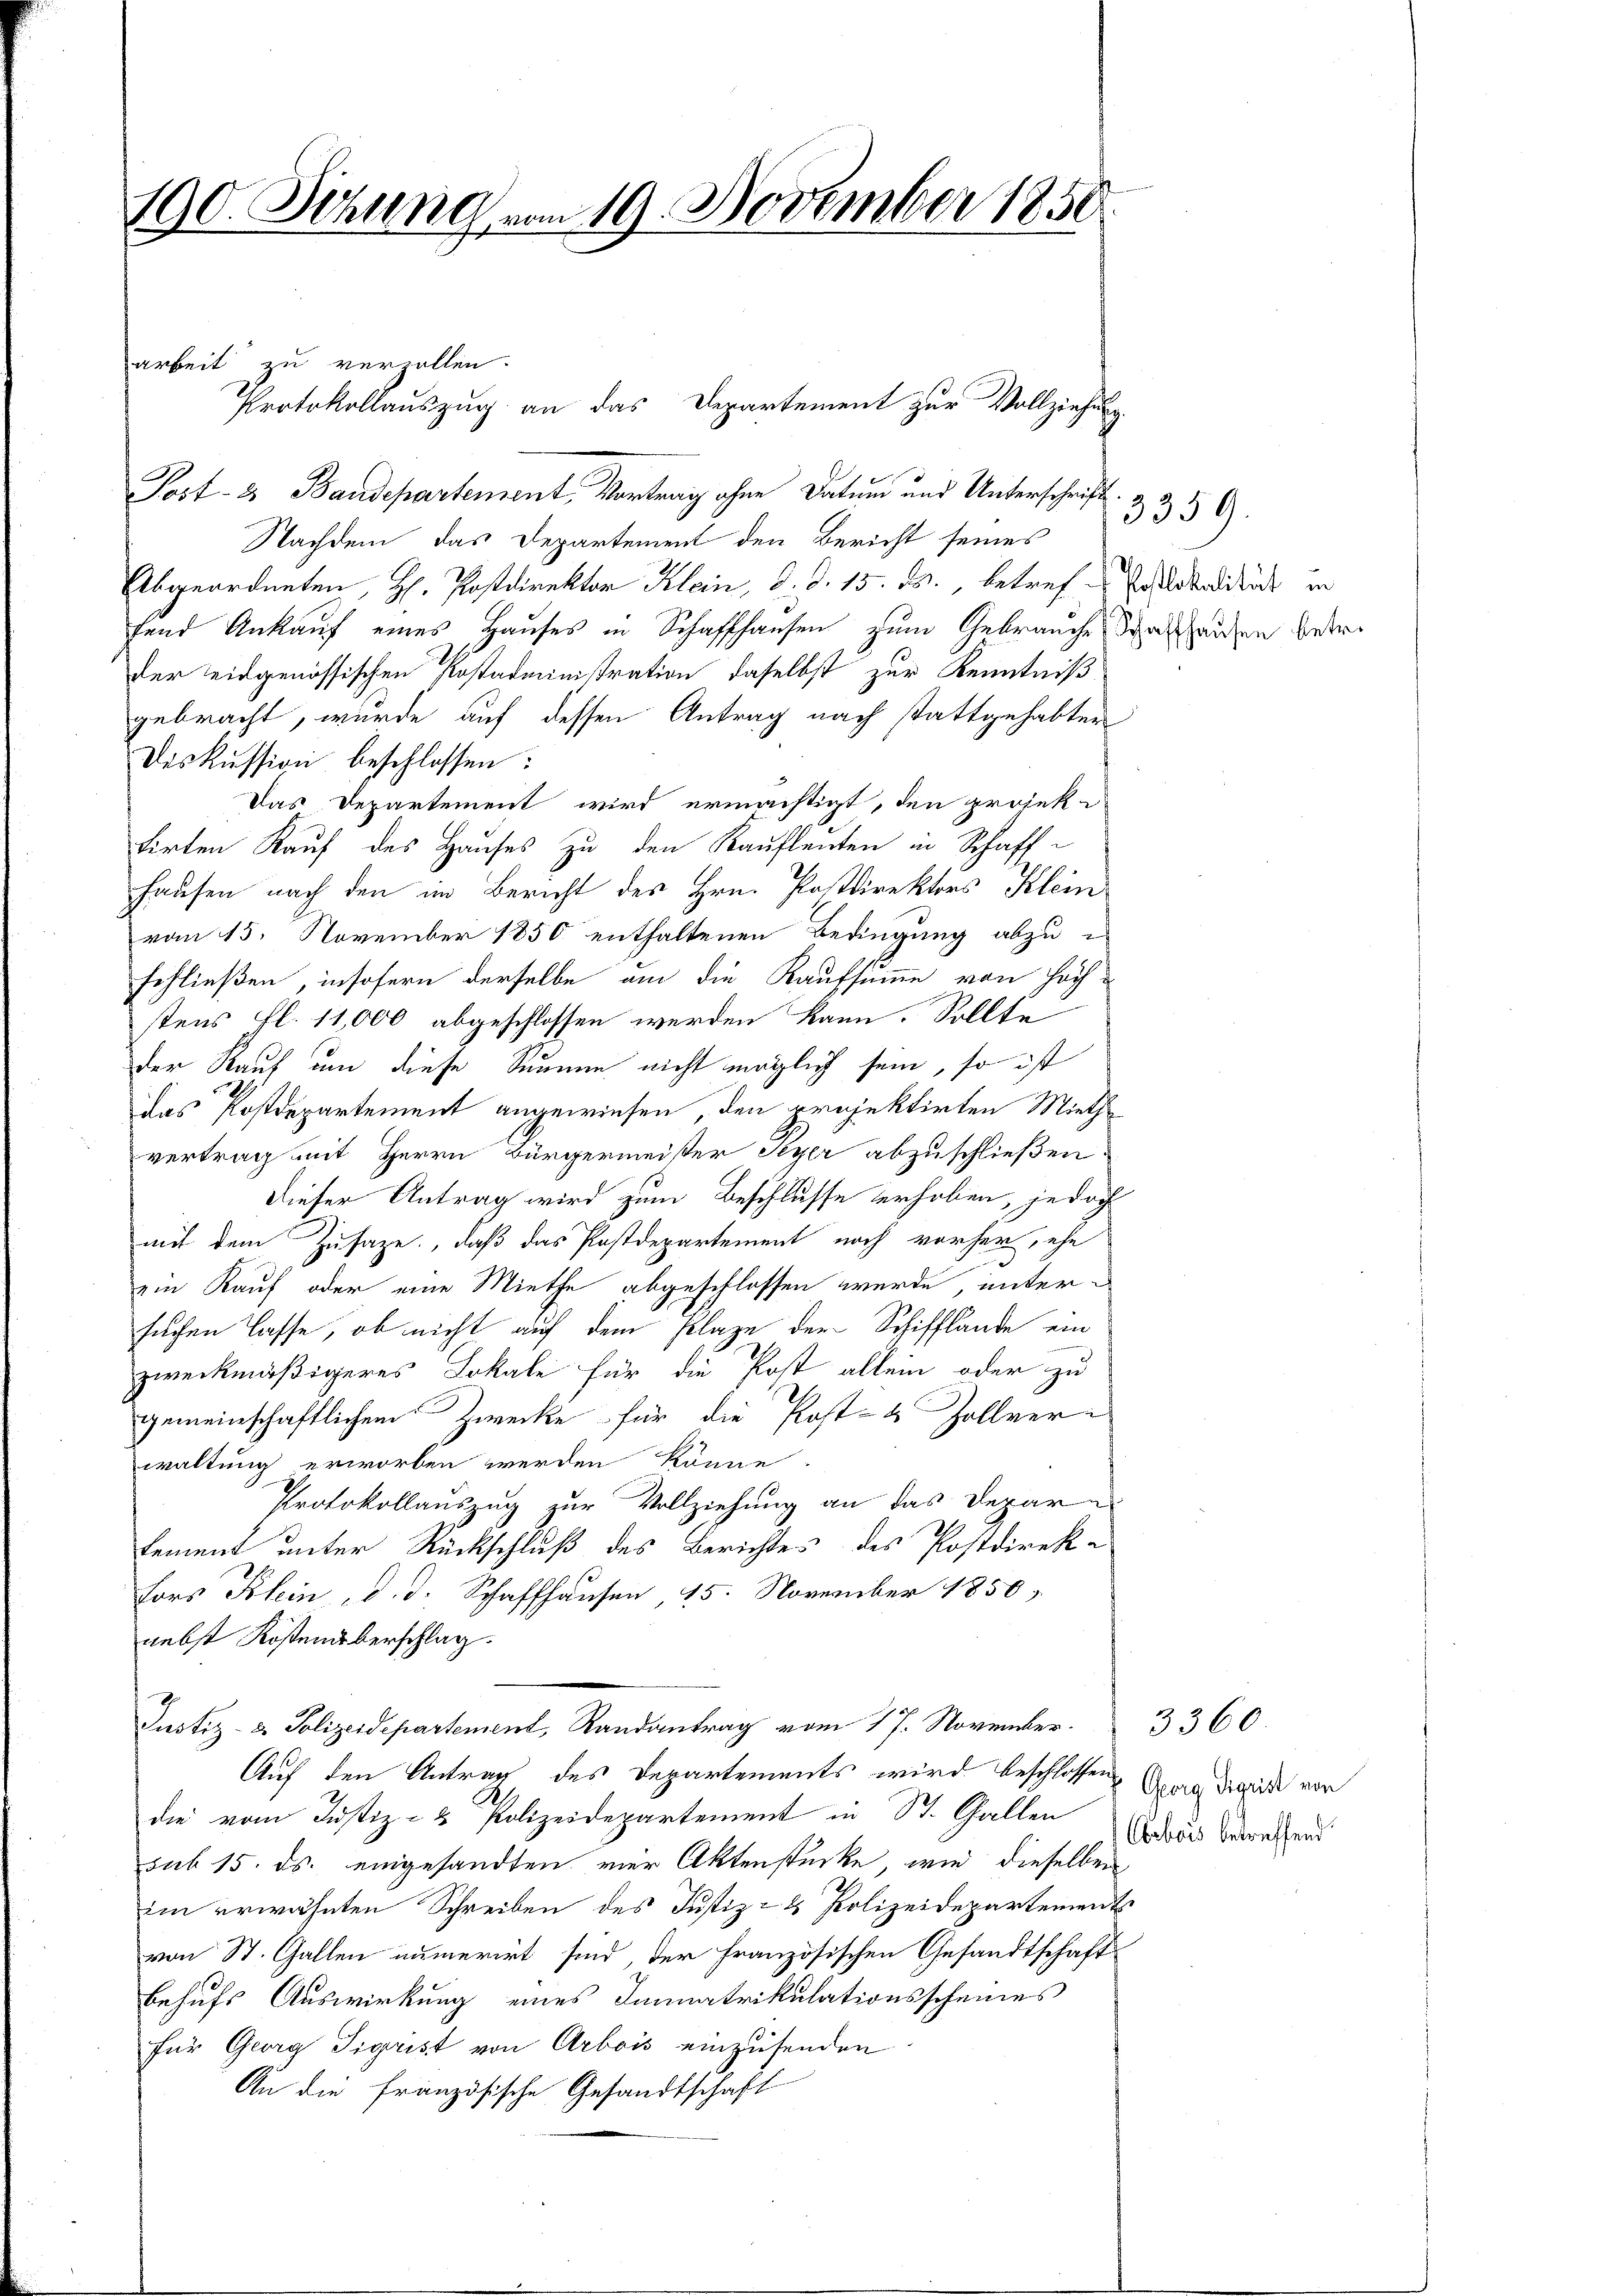
190. Sitzung vom 19. November 1850.

Post- & Baudepartement, Vortrag ohne Datum und Unterschrift
Nachdem das Departement den Bericht seines
Abgeordneten, H. Postdirektor Klein, d. d. 15. ds., betref-Zolldendikus in
fend Ankauf eines Hauses in Schaffhausen zum Gebrauche Schafhausen bederder leidgenössischen Postadministration daselbst zur Kenntniß
gebracht, wurde auf dessen Antrag nach stattgehabter
Diskussion beschlossen:
Das Departement wird ermächtigt, den projek-
tirten Kauf des Hauses zu den Kaufleuten in Schaff¬
Hausen nach den im Bericht des Hrn. Postdirektors Klein
vom 15. November 1850 enthaltenen Bedingung abzu-
schließen, insofern derselbe am die Kaufsumme von höch-
stens fl. 11,000 abgeschlossen werden kann. Sollte
der Kauf um diese Säumen nicht möglich sein, so ist
das Postdepartement angewiesen, den projektirten Miethvertrag mit Herrn Bürgermeister Peyer abzuschließen.
dieser Antrag wird zum Beschlusse erhoben, jedoch
mit dem Zusage, daß das Postdepartement noch vorher, ehe
ein Kauf oder eine Miethe abgeschlossen werde, untersuchen lasse, ob nicht auf dem Plaze der Schifflände ein
zweckmäßigeres Lokale für die Post allein oder zu
gemeinschaftlichem Zwecke für die Post- & Zollver
waltung erworben werden könne.
Protokollauszug zur Vollziehung an das Depar
tement unter Rückschluß des Berichtes des Postdirek-
Fors Klein, d. d. Schaffhausen, 15. November 1856
nebst Kostenüberschlag.
Justiz- & Polizeidepartement, Randantrag vom 17. November.
Auf den Antrag des Departements wird beschlossen
die vom Justiz- & Polizeidepartement in St. Gallen
sub 15. ds. eingesandten vier Aktenstücke, wie dieselben
im erwähnten Schreiben des Justiz- & Polizeidepartements
von St. Gallen numerirt sind der französischen Gesandtschaft
behufs Auswirkung eines Immatrikulationsscheines
für Georg Sigrist von Arbois einzusenden
An die französische Gesandtschaft

arbeit zu verzallen.
Protokollauszug an das Departement zur Vollziehung

3359.

3360.
Georg Sigrist von
Obebois betreffend